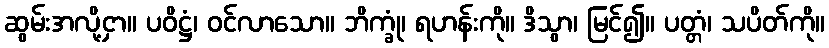
ဆွမ်းအလို့ငှာ။ ပဝိဋ္ဌံ၊ ဝင်လာသော။ ဘိက္ခုံ၊ ရဟန်းကို။ ဒိသွာ၊ မြင်၍။ ပတ္တံ၊ သပိတ်ကို။